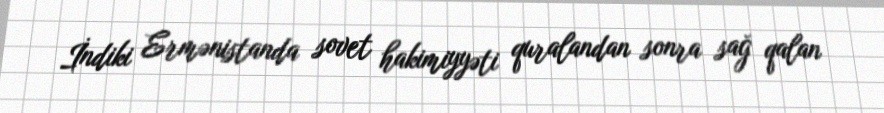
İndiki Ermənistanda sovet hakimiyyəti quralandan sonra sağ qalan